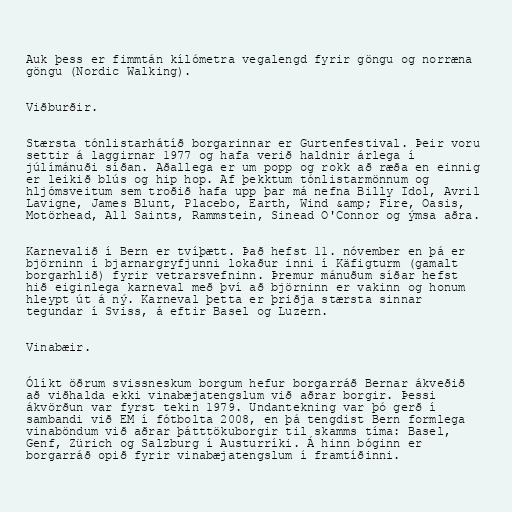
Auk þess er fimmtán kílómetra vegalengd fyrir göngu og norræna
göngu (Nordic Walking).

Viðburðir.

Stærsta tónlistarhátíð borgarinnar er Gurtenfestival. Þeir voru
settir á laggirnar 1977 og hafa verið haldnir árlega í
júlímánuði síðan. Aðallega er um popp og rokk að ræða en einnig
er leikið blús og hip hop. Af þekktum tónlistarmönnum og
hljómsveitum sem troðið hafa upp þar má nefna Billy Idol, Avril
Lavigne, James Blunt, Placebo, Earth, Wind &amp; Fire, Oasis,
Motörhead, All Saints, Rammstein, Sinead O'Connor og ýmsa aðra.

Karnevalið í Bern er tvíþætt. Það hefst 11. nóvember en þá er
björninn í bjarnargryfjunni lokaður inni í Käfigturm (gamalt
borgarhlið) fyrir vetrarsvefninn. Þremur mánuðum síðar hefst
hið eiginlega karneval með því að björninn er vakinn og honum
hleypt út á ný. Karneval þetta er þriðja stærsta sinnar
tegundar í Sviss, á eftir Basel og Luzern.

Vinabæir.

Ólíkt öðrum svissneskum borgum hefur borgarráð Bernar ákveðið
að viðhalda ekki vinabæjatengslum við aðrar borgir. Þessi
ákvörðun var fyrst tekin 1979. Undantekning var þó gerð í
sambandi við EM í fótbolta 2008, en þá tengdist Bern formlega
vinaböndum við aðrar þátttökuborgir til skamms tíma: Basel,
Genf, Zürich og Salzburg í Austurríki. Á hinn bóginn er
borgarráð opið fyrir vinabæjatengslum í framtíðinni.